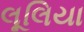
લૂલિયા